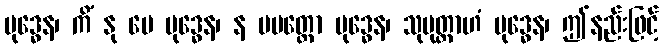
ဗုဒ္ဓေန၊ ကိံ နု မေ ဗုဒ္ဓေန၊ န မမတ္တော ဗုဒ္ဓေန၊ သုမုတ္တာဟံ ဗုဒ္ဓေန၊ ဤနည်းဖြင့်